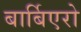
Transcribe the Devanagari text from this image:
बार्बिएरो